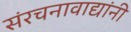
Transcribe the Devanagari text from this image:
संरचनावाद्यांनी